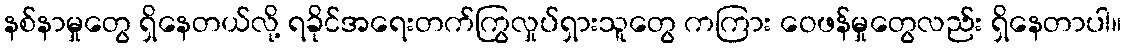
နစ်နာမှုတွေ ရှိနေတယ်လို့ ရခိုင်အရေးတက်ကြွလှုပ်ရှားသူတွေ ကကြား ဝေဖန်မှုတွေလည်း ရှိနေတာပါ။